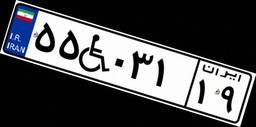
۵۵W۰۳۱۱۹